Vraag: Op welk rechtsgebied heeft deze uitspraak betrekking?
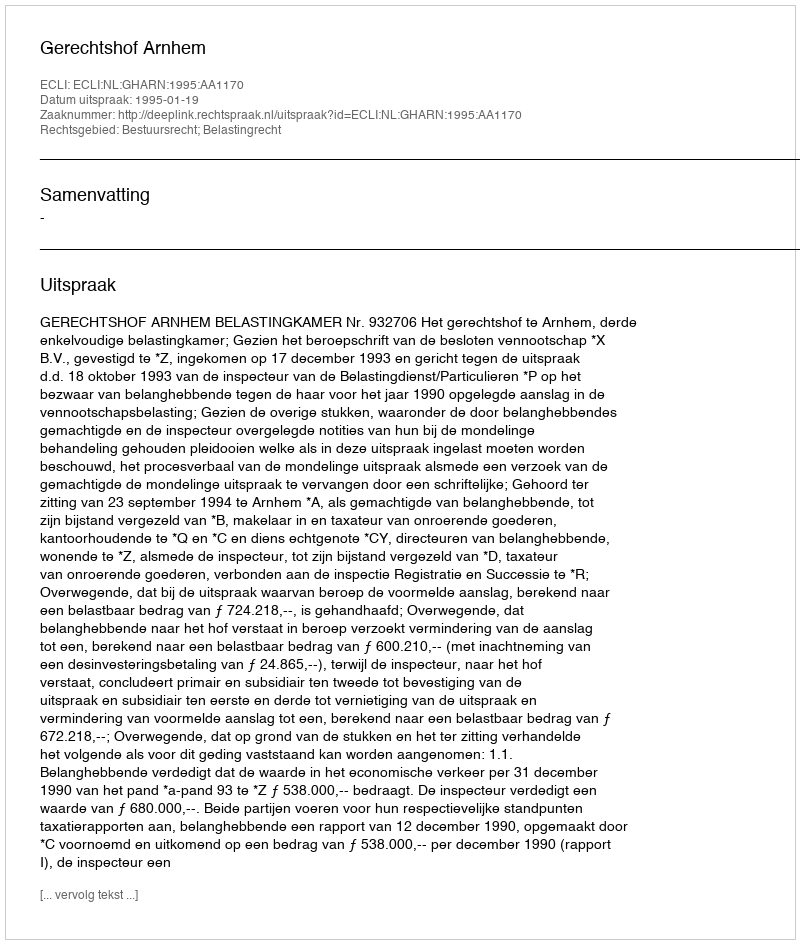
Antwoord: Bestuursrecht; Belastingrecht